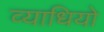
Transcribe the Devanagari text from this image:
व्याधियो